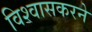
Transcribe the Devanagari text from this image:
विश्वासकरने